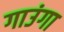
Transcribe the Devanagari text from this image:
गाउंगा